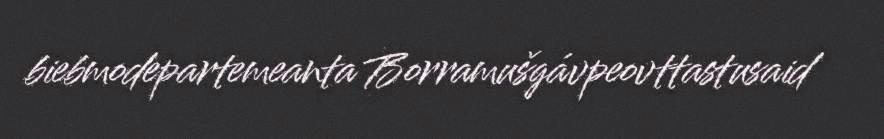
biebmodepartemeanta Borramušgávpeovttastusaid